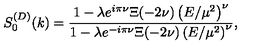
S _ { 0 } ^ { ( D ) } ( k ) = \frac { 1 - \lambda e ^ { i \pi \nu } \Xi ( - 2 \nu ) \left( E / \mu ^ { 2 } \right) ^ { \nu } } { 1 - \lambda e ^ { - i \pi \nu } \Xi ( - 2 \nu ) \left( E / \mu ^ { 2 } \right) ^ { \nu } } ,